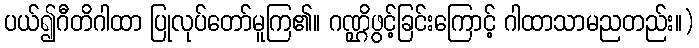
ပယ်၍ဂီတိဂါထာ ပြုလုပ်တော်မူကြ၏။ ဂဏ္ဌိဖွင့်ခြင်းကြောင့် ဂါထာသာမညတည်း။)